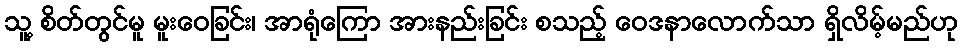
သူ့ စိတ်တွင်မူ မူးဝေခြင်း၊ အာရုံကြော အားနည်းခြင်း စသည့် ဝေဒနာလောက်သာ ရှိလိမ့်မည်ဟု